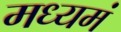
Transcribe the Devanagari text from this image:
मध्यमं